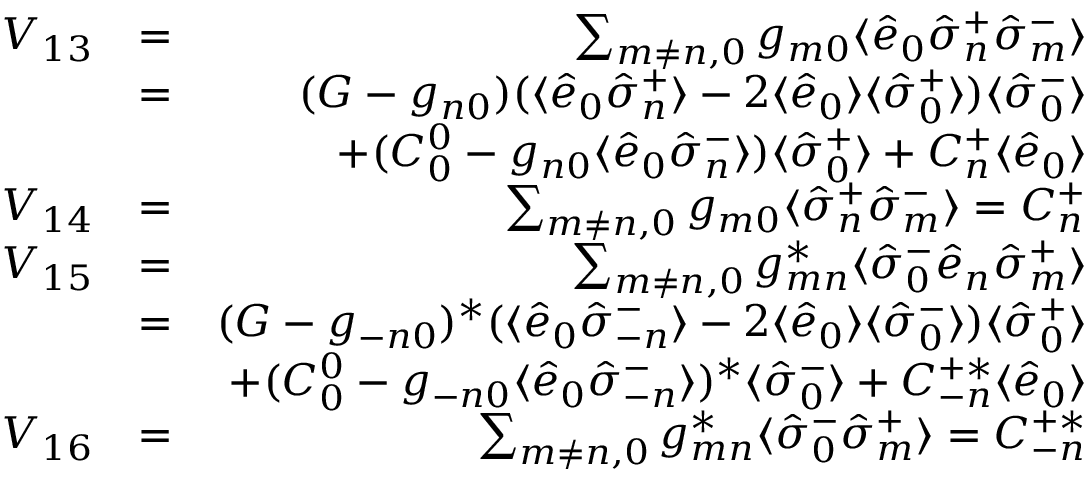
\begin{array} { r l r } { V _ { 1 3 } } & { = } & { \sum _ { m \neq n , 0 } g _ { m 0 } \langle \hat { e } _ { 0 } \hat { \sigma } _ { n } ^ { + } \hat { \sigma } _ { m } ^ { - } \rangle } \\ & { = } & { ( { \cal G } - g _ { n 0 } ) ( \langle \hat { e } _ { 0 } \hat { \sigma } _ { n } ^ { + } \rangle - 2 \langle \hat { e } _ { 0 } \rangle \langle \hat { \sigma } _ { 0 } ^ { + } \rangle ) \langle \hat { \sigma } _ { 0 } ^ { - } \rangle } \\ & { \null } & { + ( { \cal C } _ { 0 } ^ { 0 } - g _ { n 0 } \langle \hat { e } _ { 0 } \hat { \sigma } _ { n } ^ { - } \rangle ) \langle \hat { \sigma } _ { 0 } ^ { + } \rangle + { \cal C } _ { n } ^ { + } \langle \hat { e } _ { 0 } \rangle } \\ { V _ { 1 4 } } & { = } & { \sum _ { m \neq n , 0 } g _ { m 0 } \langle \hat { \sigma } _ { n } ^ { + } \hat { \sigma } _ { m } ^ { - } \rangle = { \cal C } _ { n } ^ { + } } \\ { V _ { 1 5 } } & { = } & { \sum _ { m \neq n , 0 } g _ { m n } ^ { * } \langle \hat { \sigma } _ { 0 } ^ { - } \hat { e } _ { n } \hat { \sigma } _ { m } ^ { + } \rangle } \\ & { = } & { ( { \cal G } - g _ { - n 0 } ) ^ { * } ( \langle \hat { e } _ { 0 } \hat { \sigma } _ { - n } ^ { - } \rangle - 2 \langle \hat { e } _ { 0 } \rangle \langle \hat { \sigma } _ { 0 } ^ { - } \rangle ) \langle \hat { \sigma } _ { 0 } ^ { + } \rangle } \\ & { \null } & { + ( { \cal C } _ { 0 } ^ { 0 } - g _ { - n 0 } \langle \hat { e } _ { 0 } \hat { \sigma } _ { - n } ^ { - } \rangle ) ^ { * } \langle \hat { \sigma } _ { 0 } ^ { - } \rangle + { \cal C } _ { - n } ^ { + * } \langle \hat { e } _ { 0 } \rangle } \\ { V _ { 1 6 } } & { = } & { \sum _ { m \neq n , 0 } g _ { m n } ^ { * } \langle \hat { \sigma } _ { 0 } ^ { - } \hat { \sigma } _ { m } ^ { + } \rangle = { \cal C } _ { - n } ^ { + * } } \end{array}